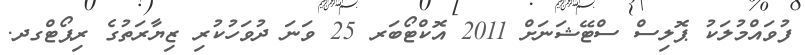
ފުވައްމުލަކު ޕޮލިސް ސްޓޭޝަނަށް 2011 އޮކްޓޯބަރ 25 ވަނަ ދުވަހުކުރި ޒިޔާރަތުގެ ރިޕޯޓްގދ.